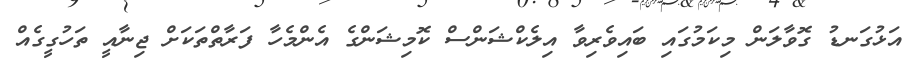
އަޅުގަނޑު ގޮވާލަން މިކަމުގައި ބައިވެރިވާ އިލެކްޝަންސް ކޮމިޝަންގެ އެންމެހާ ފަރާތްތަކަށް ޖިނާއީ ތަހުގީގެއް